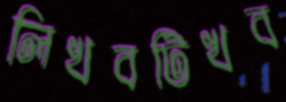
লিখবটিখব